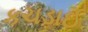
કચડાઈ